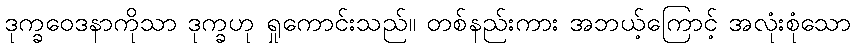
ဒုက္ခဝေဒနာကိုသာ ဒုက္ခဟု ရှုကောင်းသည်။ တစ်နည်းကား အဘယ့်ကြောင့် အလုံးစုံသော